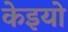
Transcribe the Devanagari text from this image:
केइयो